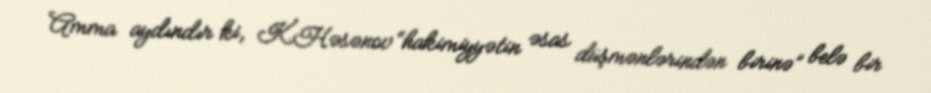
Amma aydındır ki, K.Həsənov “hakimiyyətin əsas düşmənlərindən birinə” belə bir